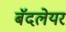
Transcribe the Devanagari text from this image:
बॅदलेयर